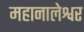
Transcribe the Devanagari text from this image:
महानालेश्वर